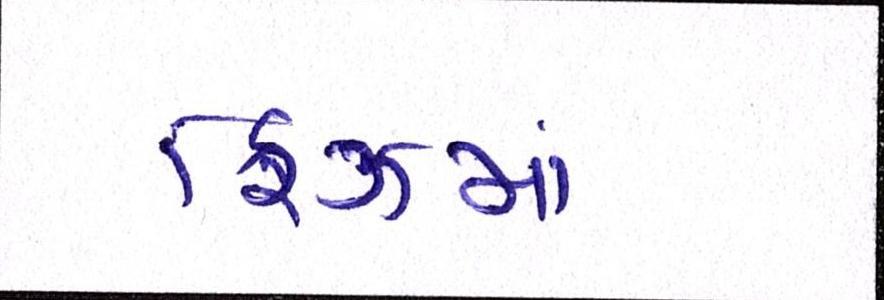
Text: ફ્રિઝમાં